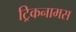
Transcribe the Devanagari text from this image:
ट्रिकनामस